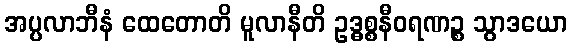
အပ္ပလာဘီနံ ထေတောတိ မူလာနီတိ ဥဒ္ဓစ္စနီဝရဏဉ္စ သွာဒယော